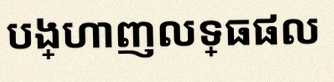
បង្ហាញលទ្ធផល